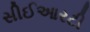
સીઈઆરટી